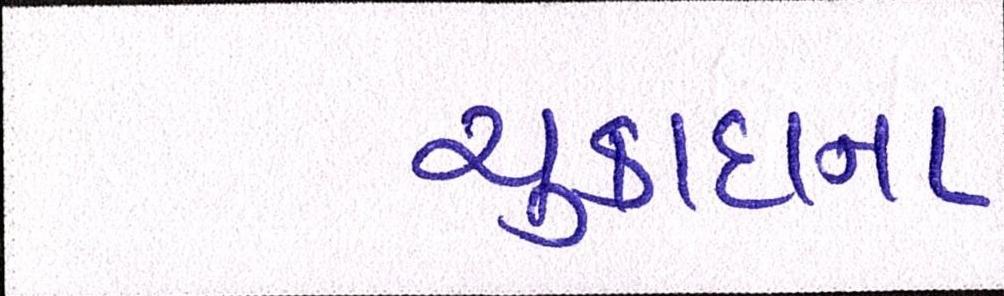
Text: ચુકાદાના